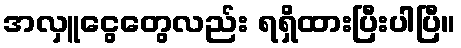
အလှူငွေတွေလည်း ရရှိထားပြီးပါပြီ။